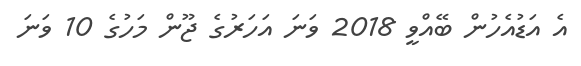
އެ އަޑުއެހުން ބޭއްވީ 2018 ވަނަ އަހަރުގެ ޖޫން މަހުގެ 10 ވަނަ